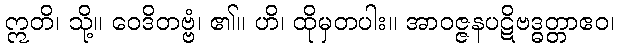
ဣတိ၊ သို့။ ဝေဒိတဗ္ဗံ၊ ၏။ ဟိ၊ ထိုမှတပါး။ အာဝဇ္ဇနပဋိဗဒ္ဓတ္တာဧဝ၊